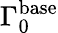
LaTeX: \Gamma_{0}^{\mathrm{base}}